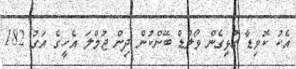
އެކު ކޮވިޑާ ގުޅިގެން ވޯލްޑް ބޭންކުން ދިން ޖުމްލަ އެހީގެ އަގު 182